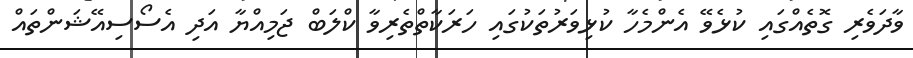
ވާދަވެރި ގޮތެއްގައި ކުޅެވޭ އެންމެހާ ކުޅިވަރުތަކުގައި ހަރަކާތްތެރިވާ ކްލަބް ޖަމިއްޔާ އަދި އެސޯސިއޭޝަންތައް